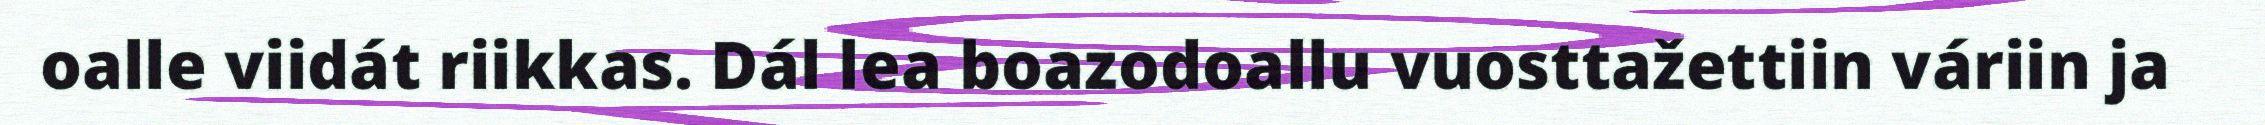
oalle viidát riikkas. Dál lea boazodoallu vuosttažettiin váriin ja